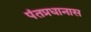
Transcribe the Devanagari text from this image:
पंतप्रधानास